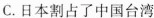
C.日本割占了中国台湾